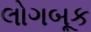
લોગબૂક